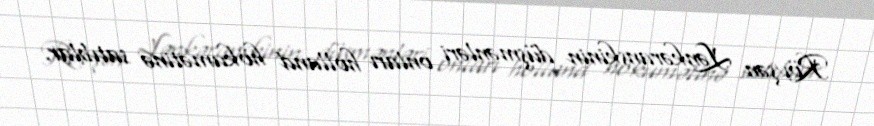
Rövşən Lənkəranskinin düşmənləri onları holland hökumətinə satıblar.